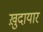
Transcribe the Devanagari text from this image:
ख़ुदायार